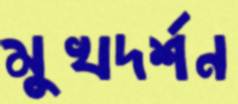
মুখদর্শন